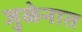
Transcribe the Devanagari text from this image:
जुळेनात